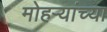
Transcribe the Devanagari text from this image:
मोहऱ्यांच्या